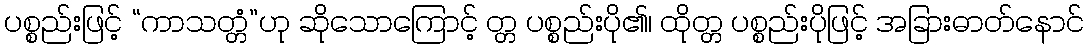
ပစ္စည်းဖြင့် “ကာသတ္တံ”ဟု ဆိုသောကြောင့် တ္တ ပစ္စည်းပို၏၊ ထိုတ္တ ပစ္စည်းပိုဖြင့် အခြားဓာတ်နောင်